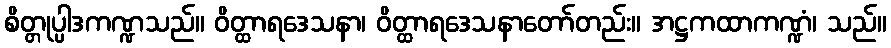
စိတ္တုပ္ပါဒကဏ္ဍသည်။ ဝိတ္ထာရဒေသနာ၊ ဝိတ္ထာရဒေသနာတော်တည်း။ အဋ္ဌကထာကဏ္ဍံ၊ သည်။